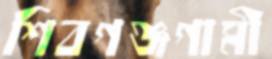
শিবগঞ্জগামী